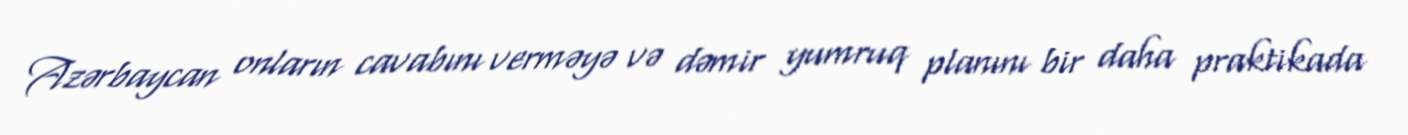
Azərbaycan onların cavabını verməyə və dəmir yumruq planını bir daha praktikada